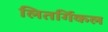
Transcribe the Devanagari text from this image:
लितर्गिकल